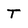
Character: T